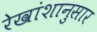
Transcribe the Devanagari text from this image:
रेखांशानुसार